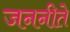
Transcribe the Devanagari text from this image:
जननीते